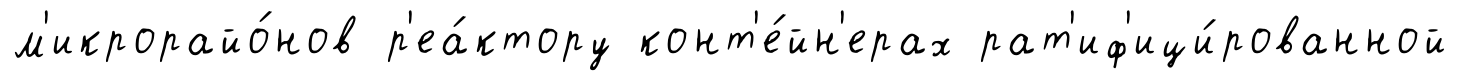
м'икрорайо́нов р'еа́ктору конт'е́йн'ерах рат'иф'ици́рованной